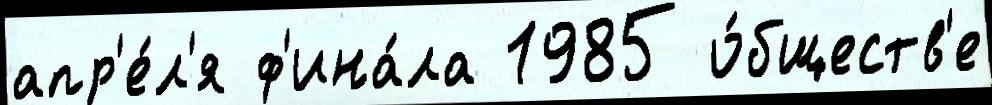
апр'е́л'я ф'ина́ла 1985 о́бществ'е